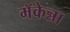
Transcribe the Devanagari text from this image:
मॅकेन्ना